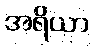
အရိယာ